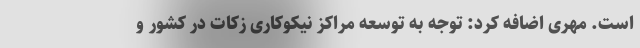
است. مهری اضافه کرد: توجه به توسعه مراکز نیکوکاری زکات در کشور و